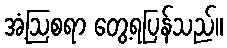
အံ့ဩစရာ တွေ့ရပြန်သည်။